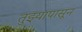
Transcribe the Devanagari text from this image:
तुझ्यापासून